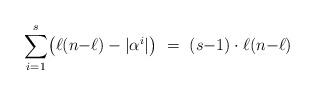
LaTeX: \begin{align*} \sum_{i=1}^s \bigl(\ell(n{-}\ell)-|\alpha^i|\bigr) \ =\ (s{-}1)\cdot \ell(n{-}\ell)\end{align*}